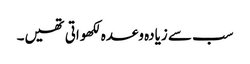
سب سے زیادہ وعدہ لکھواتی تھیں۔